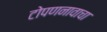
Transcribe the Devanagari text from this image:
टोपणनावाचा